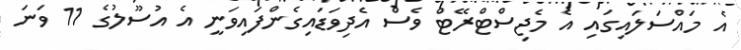
އެ މައްސަލައިގައި އެ މެޖިސްޓްރޭޓް ވެސް އެދިވަޑައިގެންފައިވަނީ އެ އުސޫލުގެ 11 ވަނަ